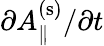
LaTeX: \partial A_{\| }^{\mathrm{(s)}}/\partial t